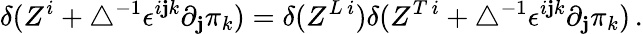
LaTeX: \delta(Z^{i}+\bigtriangleup^{-1}\epsilon^{i\mathbf{j}k}\partial_{\mathbf{j}}\pi_{k})=\delta(Z^{L\, i})\delta(Z^{T\, i}+\bigtriangleup^{-1}\epsilon^{i\mathbf{j}k}\partial_{\mathbf{j}}\pi_{k})\, .